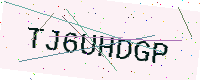
Text: TJ6UHDGP